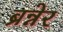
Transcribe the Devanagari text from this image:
ब्रन्नेर